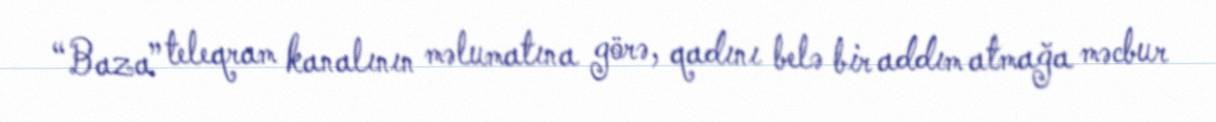
“Baza” teleqram kanalının məlumatına görə, qadını belə bir addım atmağa məcbur